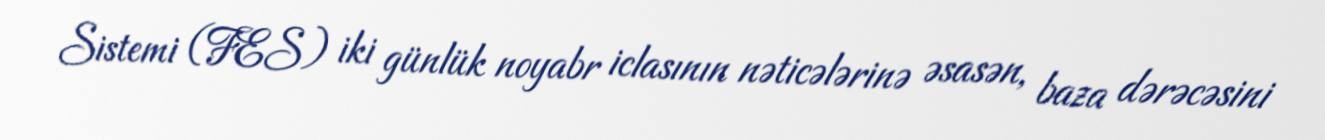
Sistemi (FES) iki günlük noyabr iclasının nəticələrinə əsasən, baza dərəcəsini